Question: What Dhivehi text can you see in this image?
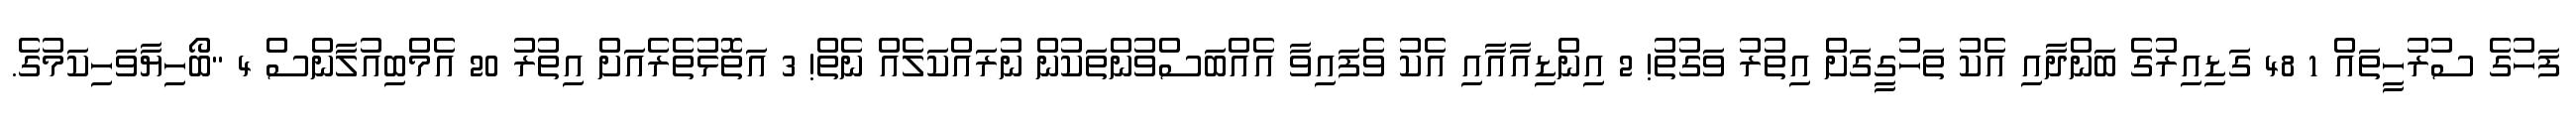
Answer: ފަހުގެ ސުރުހީތައް 1 48 ގަޑިއިރުގެ ބަންދާއި އެކު ތަހުގީގަށް އިތުރު ވަގުތު! 2 އިންޑިއާއާއި އެކު ވެފައިވާ އެއްބަސްވުންތަކުން ނުރައްކަލެއް ނެތް! 3 އަތޮޅުތެރެއަށް އިތުރު 20 އެމްބިއުލާންސް 4 "ބޯހިޔާވަހިކަމުގެ.